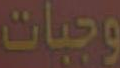
وجبات